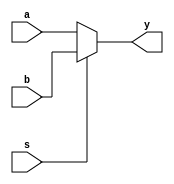
module mux2x1  #(parameter n = 32)(a, b, s, y);
	input [n-1:0] a, b;
	input s;
	output [n-1:0]y;
	assign y = s? b : a;
endmodule